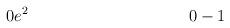
LaTeX: \begin{align*} 0 & e^2 & 0 & -1\end{align*}